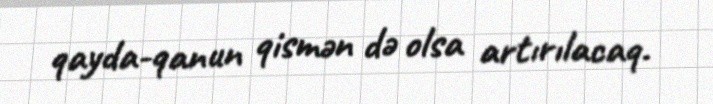
qayda-qanun qismən də olsa artırılacaq.